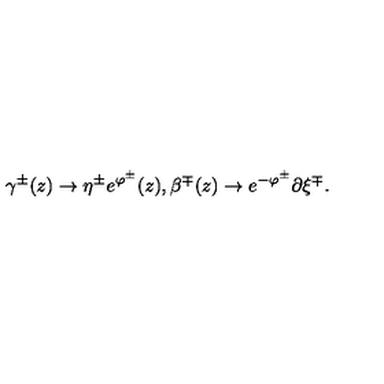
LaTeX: \gamma ^ { \pm } ( z ) \to \eta ^ { \pm } e ^ { \varphi ^ { \pm } } ( z ) , \beta ^ { \mp } ( z ) \to e ^ { - \varphi ^ { \pm } } \partial \xi ^ { \mp } .